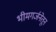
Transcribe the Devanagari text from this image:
भीमगर्जनेतून